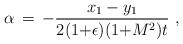
LaTeX: \begin{align*} \alpha \,=\, -\frac{x_1-y_1}{2(1{+}\epsilon)(1{+}M^2)t}~, \end{align*}